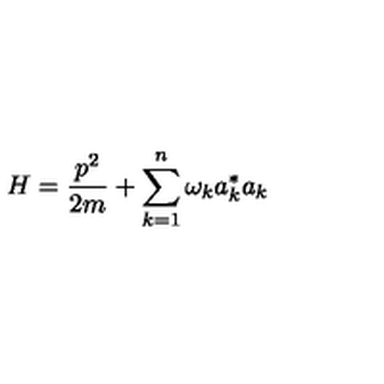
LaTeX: H = \frac { p ^ { 2 } } { 2 m } + \sum _ { k = 1 } ^ { n } \omega _ { k } a _ { k } ^ { * } a _ { k }